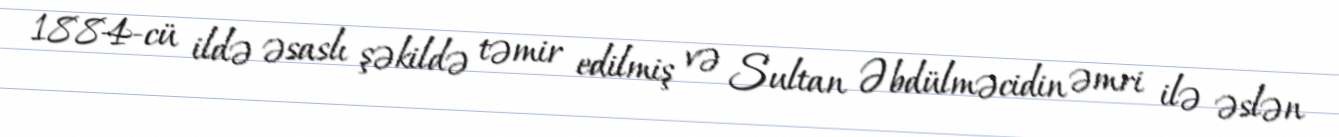
1884-cü ildə əsaslı şəkildə təmir edilmiş və Sultan Əbdülməcidin əmri ilə əslən